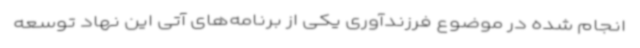
انجام شده در موضوع فرزندآوری یکی از برنامه‌های آتی این نهاد توسعه